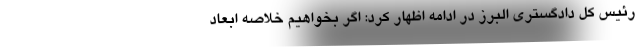
رئیس کل دادگستری البرز در ادامه اظهار کرد: اگر بخواهیم خلاصه ابعاد